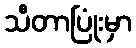
သီတာပြုံးမှာ